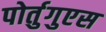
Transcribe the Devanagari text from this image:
पोर्तुगुएस